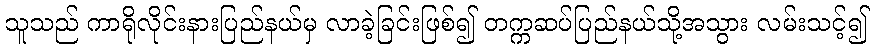
သူသည် ကာရိုလိုင်းနားပြည်နယ်မှ လာခဲ့ခြင်းဖြစ်၍ တက္ကဆပ်ပြည်နယ်သို့အသွား လမ်းသင့်၍